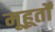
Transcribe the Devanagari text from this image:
मूहूर्तों